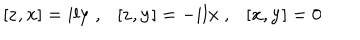
[ { \bf z } , { \bf x } ] = i l { \bf y } ~ , [ { \bf z } , { \bf y } ] = - i l { \bf x } ~ , [ { \bf x } , { \bf y } ] = 0